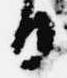
日